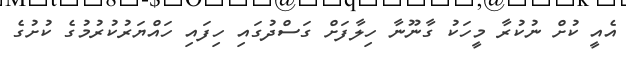
އެއީ ކުށް ނުކުރާ މީހަކު ގާނޫނާ ހިލާފަށް ގަސްދުގައި ހިފައި ހައްޔަރުކުރުމުގެ ކުށުގެ